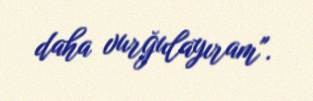
daha vurğulayıram".